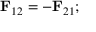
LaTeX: \mathbf { F } _ { 1 2 } = - \mathbf { F } _ { 2 1 } ;